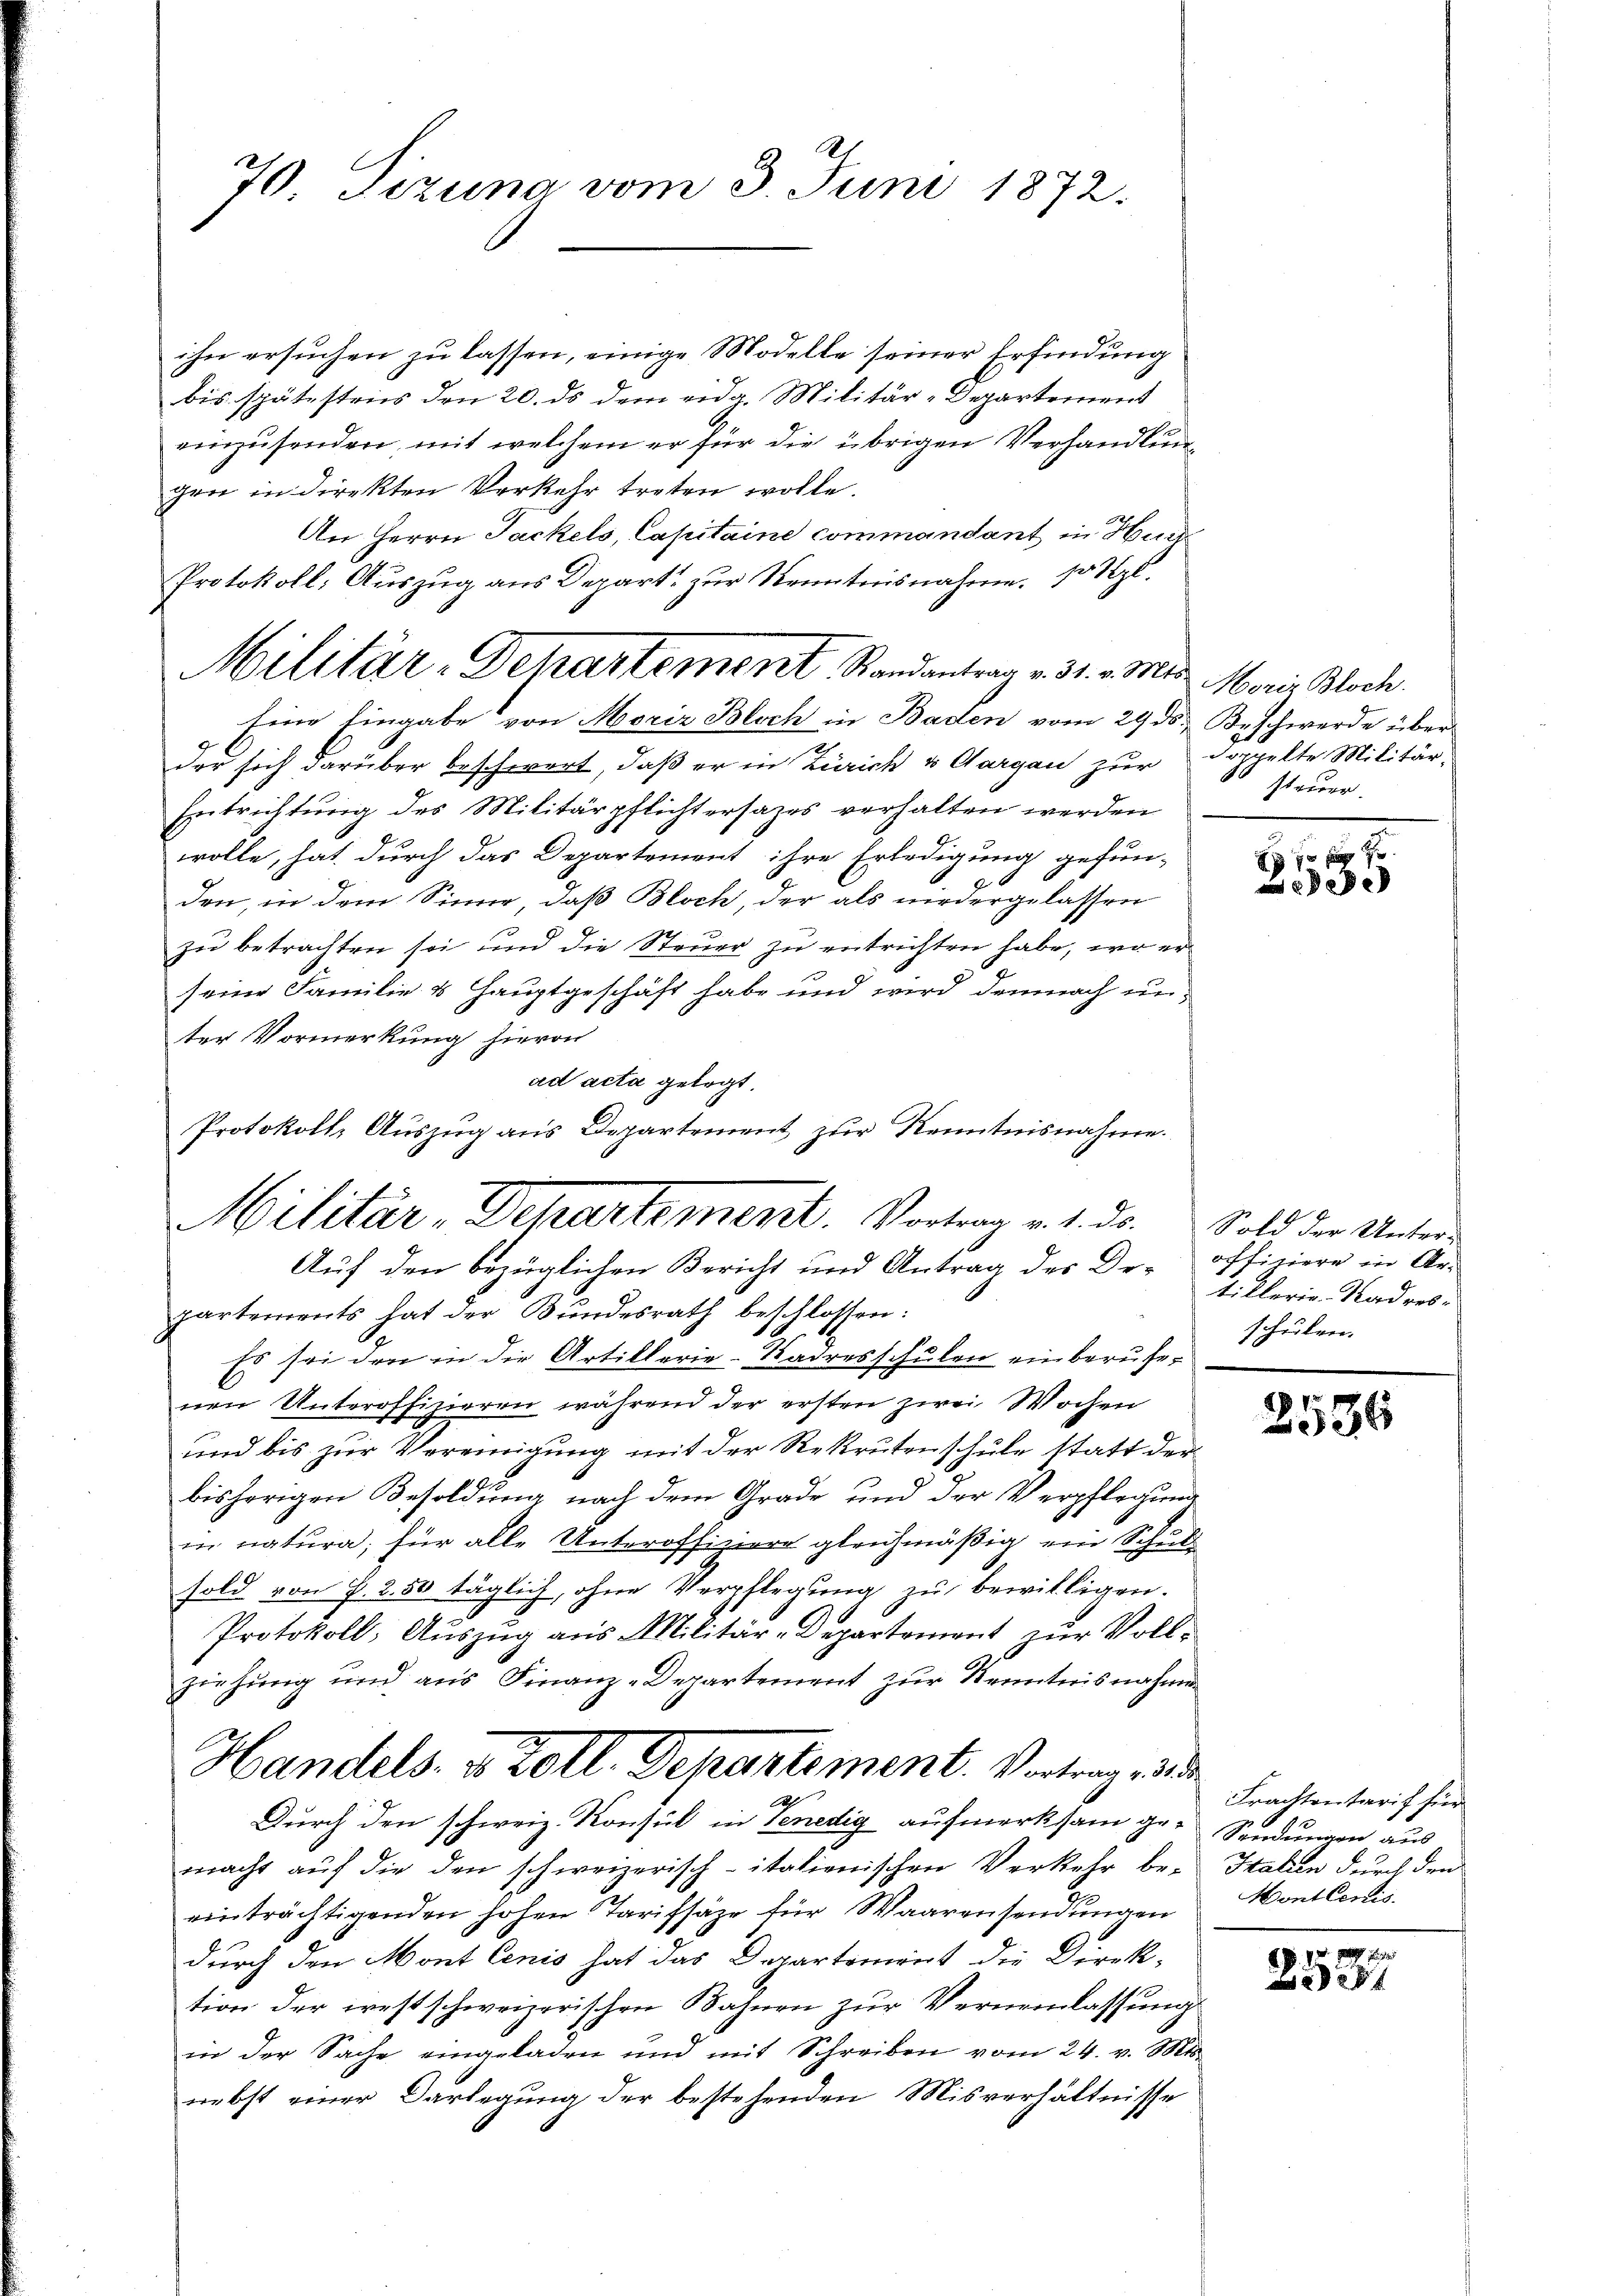
70. Tizuna vom 3. Juni 1872.

ihn ersuchen zu lassen, einige Modelle seiner Erfindung
bis spätestens den 20. ds dem eidg. Militär-Departement
einzusenden, mit welchem er für die übrigen Verhandlungen in direkten Verkehr treten wolle.
An Herrn Jackels, Capitaine commandant in Hund
Protokoll: Auszug aus Depart zur Kenntnisnahme. So Szl.
Militär-Departement Randantrag v. 31. v. Mts. Moris Bloch
Eine Eingabe von Moriz Bloch in Baden vom 29. ds. Beschwerde über
der sich darüber beschwert, daß er in Zürich von Aargau zur Doppelte Militär-
Entrichtung des Militärpflichtersazes verhalten werden
wolle, hat durch das Departement ihre Erledigung gefun-
den, in dem Sinne, daß Bloch, der als niedergelassen
zu betrachten sei und die Steuer zu entrichten habe, wo er
seine Familie & Hauptgeschäft habe und wird demnach un-
ter Vormerkung hievon
ad acta gelegt.
Protokoll, Auszug aus Departement zur Kenntnisnahme.
Auf den bezüglichen Bericht und Antrag des Departements hat der Bundesrath beschlossen:
Es sei den in die Artillerie-Kadresschulen einberufenen Unteroffizieren während der ersten zwei Wochen
und bis zur Vereinigung mit der Rekrutenschule statt der
bisherigen Besoldung nach dem Grade und der Verpflegung
in natura, für alle Unteroffiziere gleichmäßig ein Schul
sold von P. 2.50 täglich, ohne Verpflegung zu bewilligen.
Protokoll, Auszug aus Militär-Departement zur Vollziehung und aus Finanz-Departement zur Kenntnisnahmen
Handels- & Zoll. Departement. Vortrage de
Durch den schweiz. Konsul in Venedig aufmerksam ge-Sendungen aus-
macht auf die den schweizerisch-itationischen Verkehr be- Italien durch den
einträchtigenden hohen Tarifsäze für Waarensendungen
durch den Mont lenis hat das Departement die Direk-
tion der restschweizerischen Bahnen zur Verneinlassung
in der Sache eingeladen und mit Schreiben vom 24. v. Mts.
nebst einer Darlegung der bestehenden Misverhältnisse

Militär-Departement. Vorten v. 1. ds. Sold der Unter¬

steuer.

11.10.
ede

officiere in Artillerie-Radresschulen.

2536

Frachtentarif für
Mont Certis

90. 9
20 x